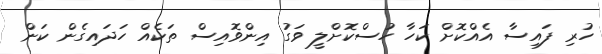
ހުރި ފައިސާ އެއްކޮށް ކަހާ ހުސްކޮށްލީ ވަގު އިންވޮއިސް ތަކެއް ހަދައިގެން ކަން